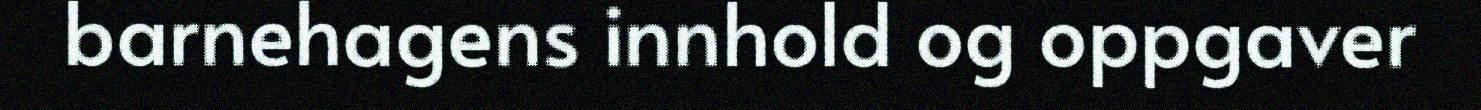
barnehagens innhold og oppgaver